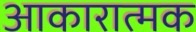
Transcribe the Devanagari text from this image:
आकारात्मक